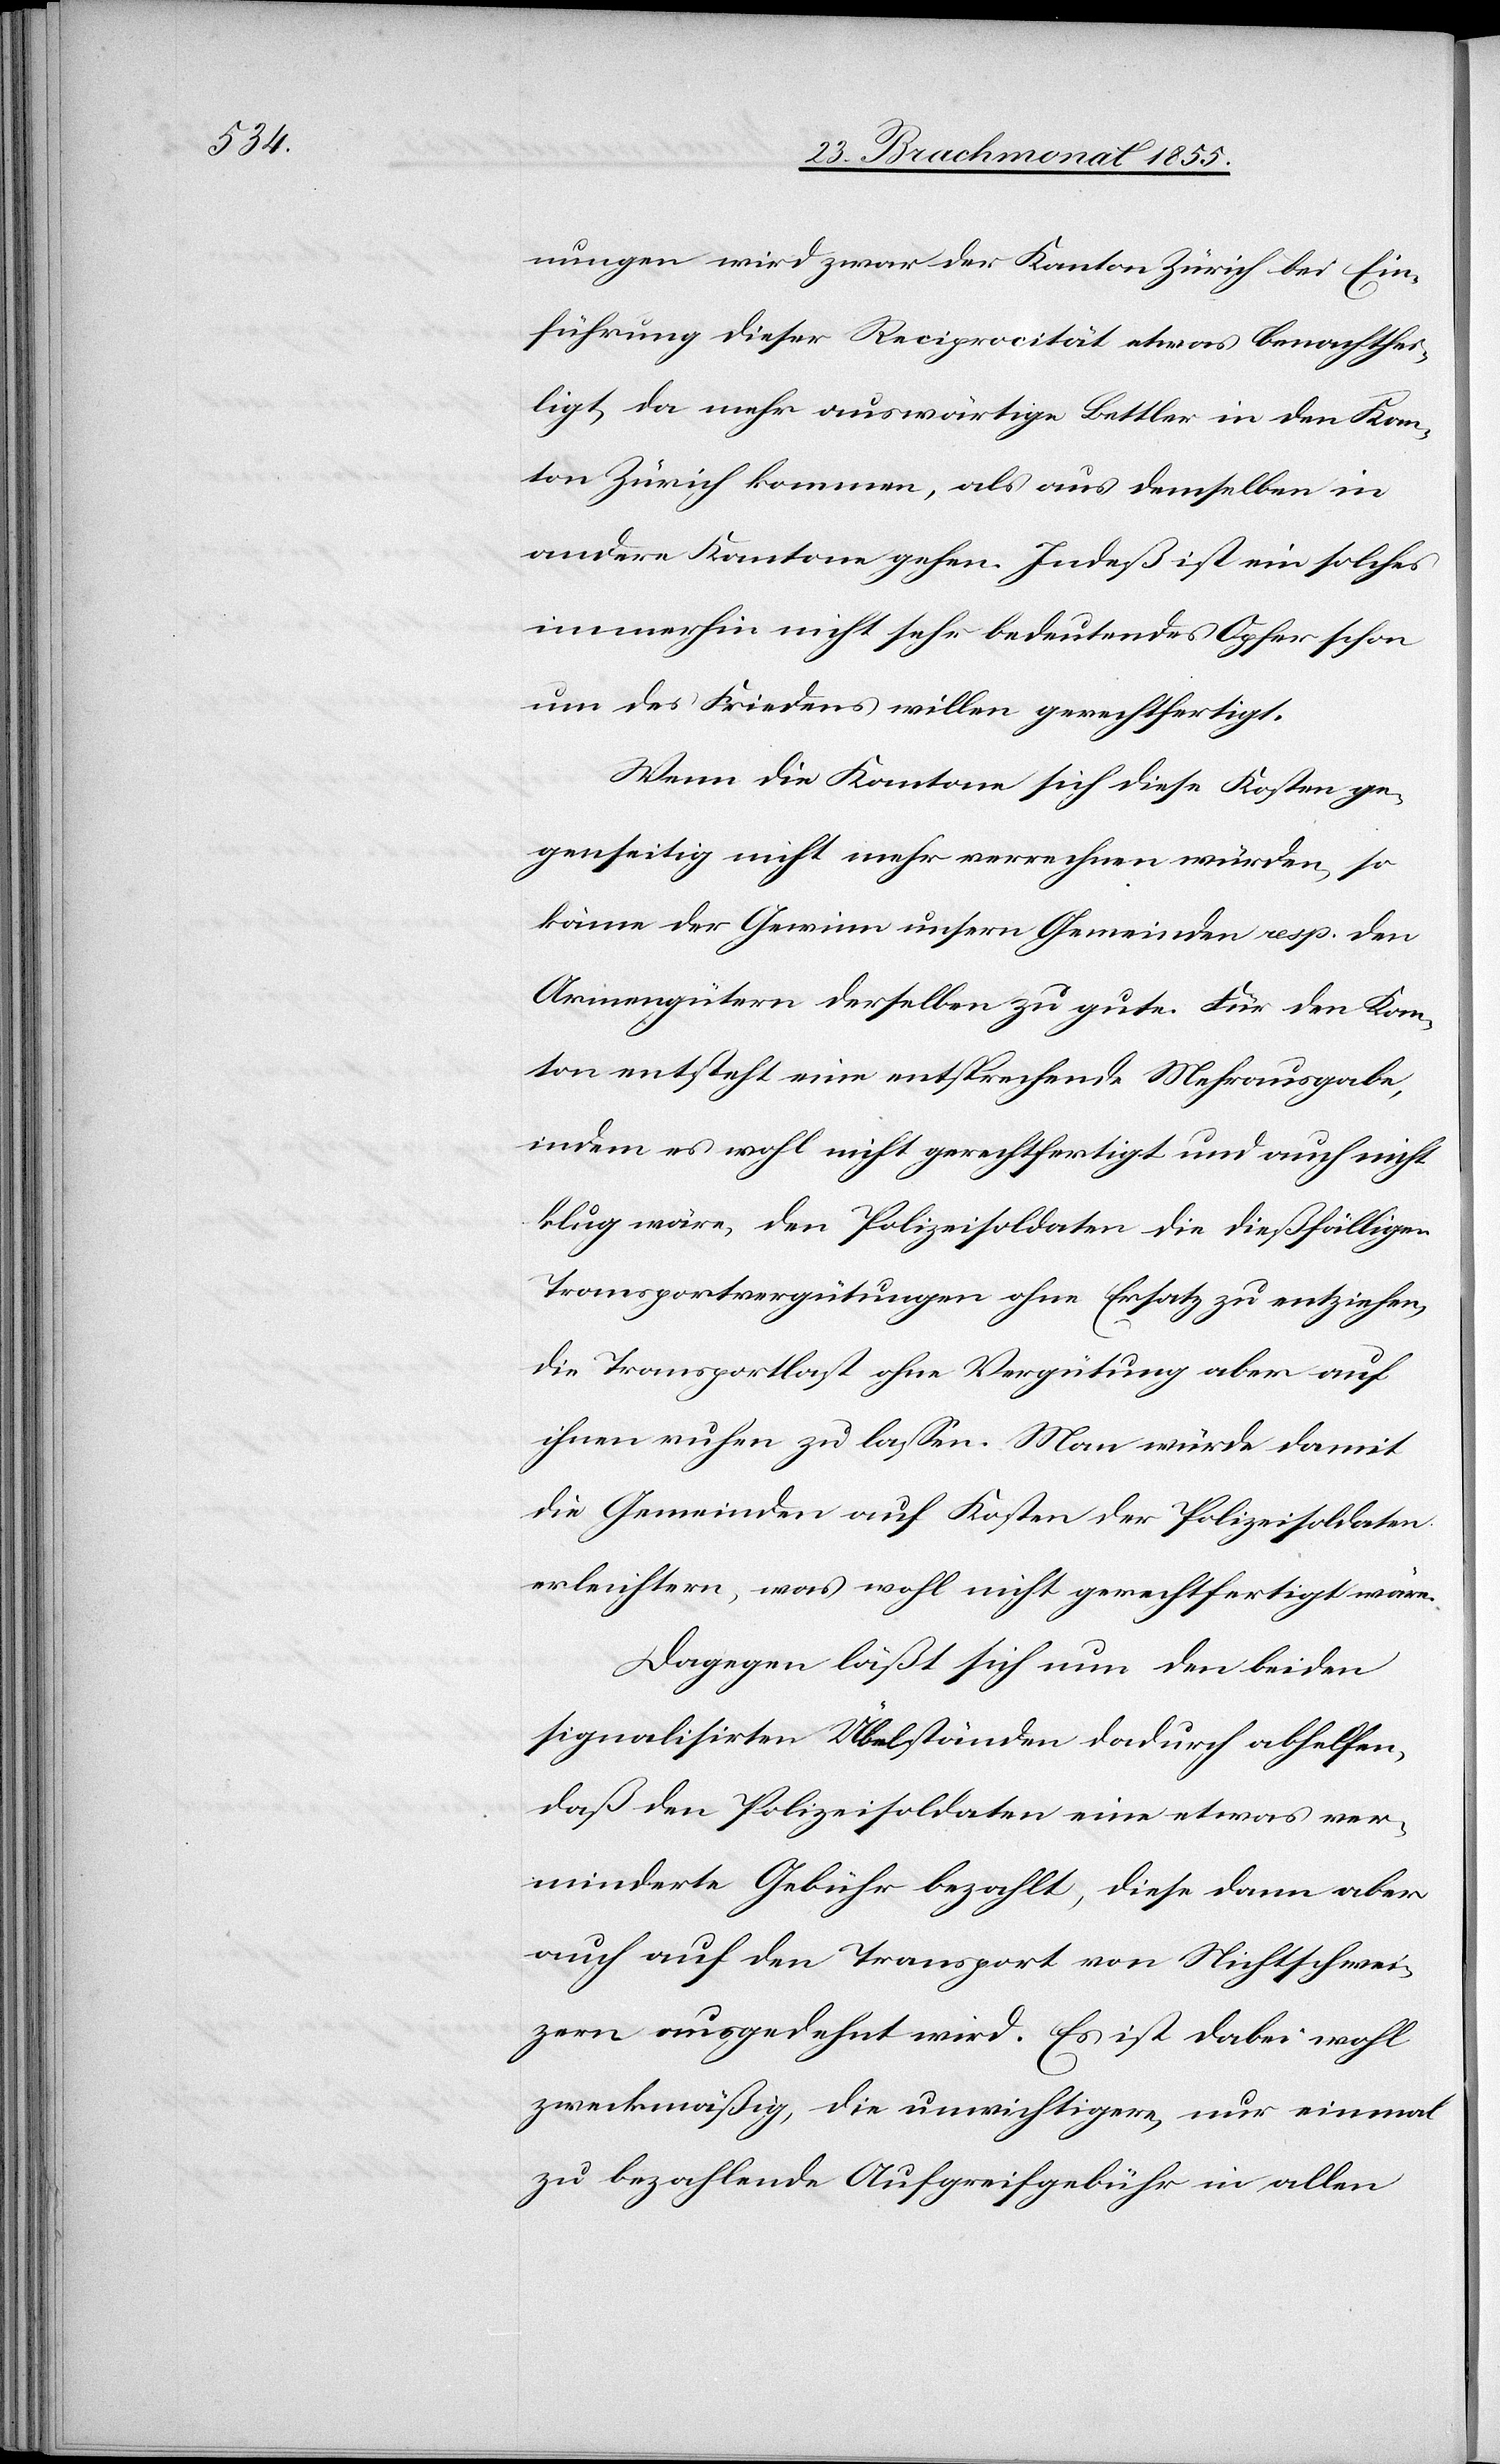
nungen wird zwar der Kanton Zürich bei Ein¬
führung dieser Reciprocität etwas benachthei¬
ligt, da mehr auswärtige Bettler in den Kan¬
ton Zürich kommen, als aus demselben in
andere Kantone gehen. Indeß ist ein solches
immerhin nicht sehr bedeutendes Opfer schon
um des Friedens willen gerechtfertigt.
Wenn die Kantone sich diese Kosten ge¬
genseitig nicht mehr verrechnen würden, so
käme der Gewinn unsern Gemeinden resp. den
Armengütern derselben zu gute. Für den Kan¬
ton entsteht eine entsprechende Mehrausgabe,
indem es wohl nicht gerechtfertigt und auch nicht
klug wäre, den Polizeisoldaten die dießfälligen
Transportvergütungen ohne Ersatz zu entziehen,
die Transportlast ohne Vergütung aber auf
ihnen ruhen zu lassen. Man würde damit
die Gemeinden auf Kosten der Polizeisoldaten
erleichtern, was wohl nicht gerechtfertigt wäre.
Dagegen läßt sich nun den beiden
signalisirten Übelständen dadurch abhelfen,
daß den Polizeisoldaten eine etwas ver¬
minderte Gebühr bezahlt, diese dann aber
auch auf den Transport von Nichtschwei¬
zern ausgedehnt wird. Es ist dabei wohl
zweckmäßig, die unwichtigere, nur einmal
zu bezahlende Aufgreifgebühr in allen